Materia medica of Madras volume I
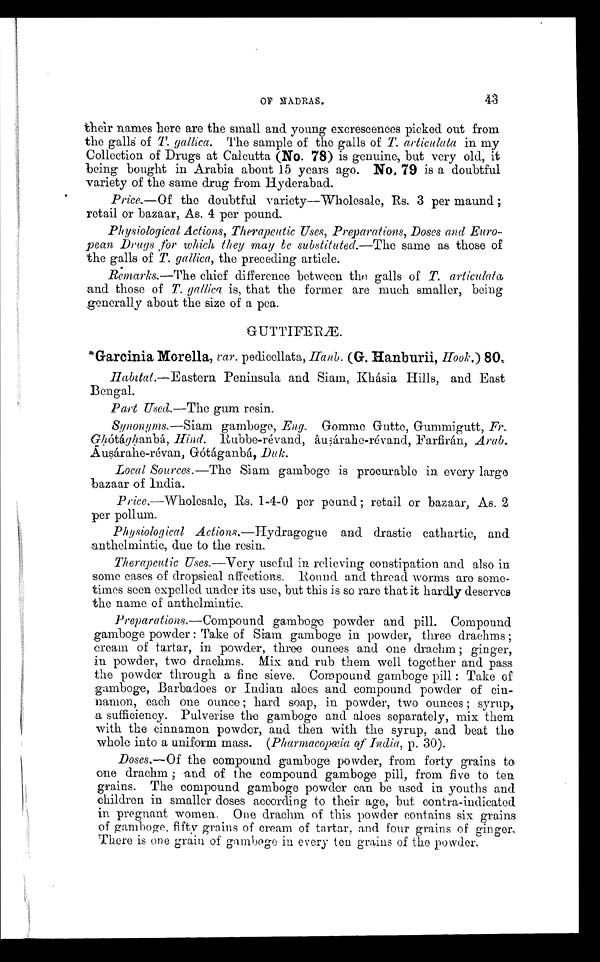
OF MADRAS.
43
their names here are the small and young excrescences picked out from
the galls of T. gallica. The sample of the galls of T. articulata in my
Collection of Drugs at Calcutta (No. 78) is genuine, but very old, it
being bought in Arabia about 15 years ago. No. 79 is a doubtful
variety of the same drug from Hyderabad.
Price.—Of the doubtful variety
—
Wholesale, Rs. 3 per maund;
retail or bazaar, As. 4 per pound.
Physiological Actions, Therapeutic Uses, Preparations, Doses and Euro-
pean Drugs , for which they may be substituted.—The same as those of
the galls of T. gallica, the preceding article.
Remarks.—The chief difference between the galls of T. articulata
and those of T. gallica is, that the former are much smaller, being
generally about the size of a pea.
GUTTIFERÆ.
*Garcinia Morella, var. pedicellata, Hanb. (G. Hanburii, Hook.) 80.
Habitat.—Eastern Peninsula and Siam, Khásia Hills, and East
Bengal.
Part Used.—The gum resin.
Synonyms.—Siam gamboge, Eng. Gomme Gutte, Gummigutt, Fr,
Ghótághanbá, Hind. Rubbe-révand, âusárahe-révand, Farfirán, Arab.
Ausárahe-révan, Gótáganbá, Duk.
Local Sources.—The Sìam gamboge is procurable in every large
bazaar of India.
Price.—Wholesale, Rs. 1-4-0 per pound; retail or bazaar, As. 2
per pollum.
Physiological Actions.—Hydragogue and drastic cathartic, and
anthelmintic, due to the resin.
Therapeutic Uses.—Very useful in relieving constipation and also in
some cases of dropsical affections. Round and thread worms are some-
times seen expelled under its use, but this is so rare that it hardly deserves
the name of anthelmintic.
Preparations.—Compound gamboge powder and pill. Compound
gamboge powder : Take of Siam gamboge in powder, three drachms;
cream of tartar, in powder, three ounces and one drachm ; ginger,
in powder, two drachms. Mix and rub them well together and pass
the powder through a fine sieve. Compound gamboge pill : Take of
gamboge, Barbadoes or Indian aloes and compound powder of cin-
namon, each one ounce; hard soap, in powder, two ounces ; syrup,
a sufficiency. Pulverise the gamboge and aloes separately, mix them
with the cinnamon powder, and then with the syrup, and beat the
whole into a uniform mass. (Pharmacopœia of India, p. 30).
Doses.—Of the compound gamboge powder, from forty grains to
one drachm ; and of the compound gamboge pill, from five to ten
grains. The compound gamboge powder can be used in youths and
children in smaller doses according to their age, but contra-indicated
in pregnant women. One drachm of this powder contains six grains
of gamboge, fifty grains of cream of tartar, and four grains of ginger.
There is one grain, of gamboge in every ten grains of the powder.